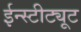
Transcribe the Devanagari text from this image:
ईन्स्टीट्यूट